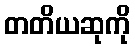
တတိယဆုကို